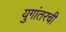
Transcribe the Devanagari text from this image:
युगांतरची